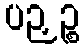
ပဉှဉ္စ